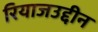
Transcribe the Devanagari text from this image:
रियाजउद्दीन